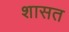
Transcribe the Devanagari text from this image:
शासत